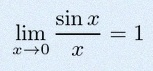
\lim_{x\to0}\frac{\sin x}{x}=1